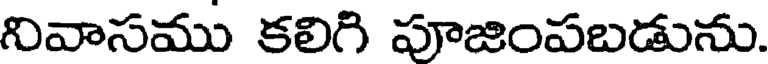
నివాసము కలిగి పూజింపబడును.